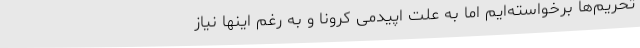
تحریم‌ها برخواسته‌ایم اما به علت اپیدمی کرونا و به رغم اینها نیاز